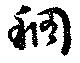
稠